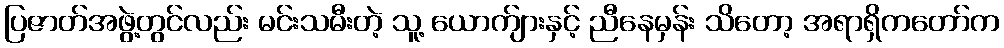
ပြဇာတ်အဖွဲ့တွင်လည်း မင်းသမီးတဲ့ သူ့ ယောက်ျားနှင့် ညီနေမှန်း သိတော့ အရာရှိကတော်က